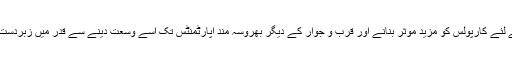
مسافروں کے لئے کارپولس کو مزید موثر بنانے اور قرب و جوار کے دیگر بھروسہ مند اپارٹمنٹس تک اسے وسعت دینے سے قدر میں زبردست اضافہ ہوگا۔